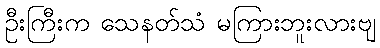
ဦးကြီးက သေနတ်သံ မကြားဘူးလားဗျ